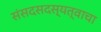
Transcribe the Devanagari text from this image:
संसदसदस्यत्वाचा